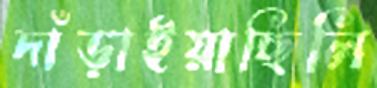
দাঁড়াইয়াছিলি